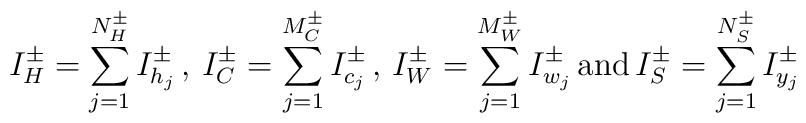
I^{\pm }_{H}=\sum ^{N^{\pm }_{H}}_{j=1}I_{h_{j}}^{\pm }\, ,\, I^{\pm }_{C}=\sum ^{M^{\pm }_{C}}_{j=1}I_{c_{j}}^{\pm }\, ,\, I^{\pm }_{W}=\sum ^{M^{\pm }_{W}}_{j=1}I_{w_{j}}^{\pm }\, \mathrm{and}\, I^{\pm }_{S}=\sum ^{N^{\pm }_{S}}_{j=1}I_{y_{j}}^{\pm }